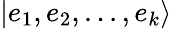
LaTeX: \vert e_{1},e_{2},...,e_{k}\rangle